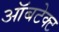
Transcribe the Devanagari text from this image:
ऑबटेक्ट